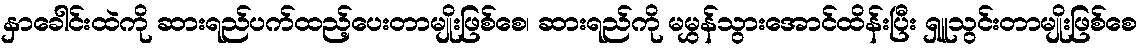
နှာခေါင်းထဲကို ဆားရည်ပက်ထည့်ပေးတာမျိုးဖြစ်စေ၊ ဆားရည်ကို မမွှန်သွားအောင်ထိန်းပြီး ရှူသွင်းတာမျိုးဖြစ်စေ